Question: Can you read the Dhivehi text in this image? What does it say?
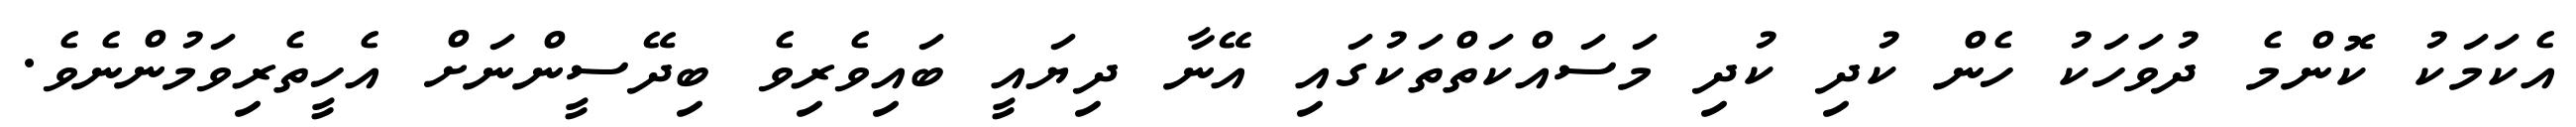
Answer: އެކަމަކު ކޮންމެ ދުވަހަކު ހެން ކުދި ކުދި މަސައްކަތްތަކުގައި އޭނާ ދިޔައީ ބައިވެރިވެ ބިދޭސީންނަށް އެހީތެރިވަމުންނެވެ.